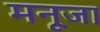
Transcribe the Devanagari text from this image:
मनूजा